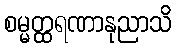
စမ္မတ္ထရဏာနုညာသိ